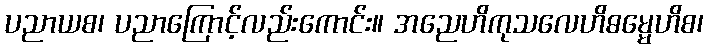
ပညာယစ၊ ပညာကြောင့်လည်းကောင်း။ အညေဟိကုသလေဟိဓမ္မေဟိစ၊